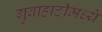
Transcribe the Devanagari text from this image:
गुवाहाटीमध्ये